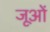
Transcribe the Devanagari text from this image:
जूओं